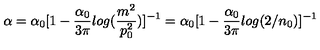
\alpha = \alpha _ { 0 } [ 1 - \frac { \alpha _ { 0 } } { 3 \pi } l o g ( \frac { m ^ { 2 } } { p _ { 0 } ^ { 2 } } ) ] ^ { - 1 } = \alpha _ { 0 } [ 1 - \frac { \alpha _ { 0 } } { 3 \pi } l o g ( 2 / n _ { 0 } ) ] ^ { - 1 }